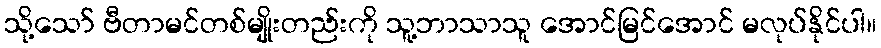
သို့သော် ဗီတာမင်တစ်မျိုးတည်းကို သူ့ဘာသာသူ အောင်မြင်အောင် မလုပ်နိုင်ပါ။